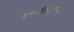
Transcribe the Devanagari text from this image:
मराठीचित्रपट